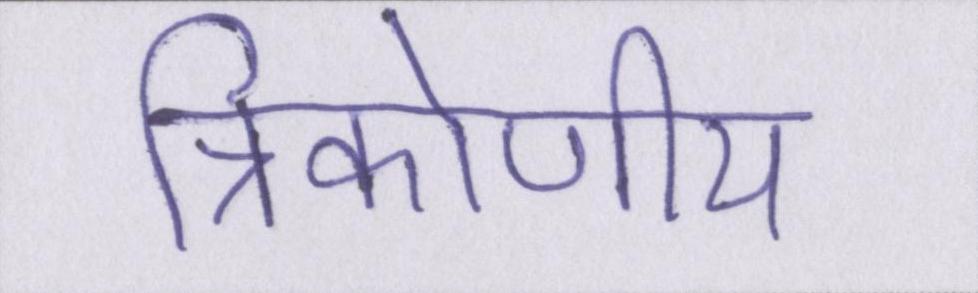
त्रिकोणीय